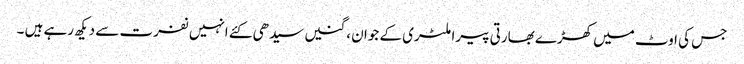
جس کی اوٹ میں کھڑے بھارتی پیرا ملٹری کے جوان ، گنیں سیدھی کئے انہیں نفرت سے دیکھ رہے ہیں ۔